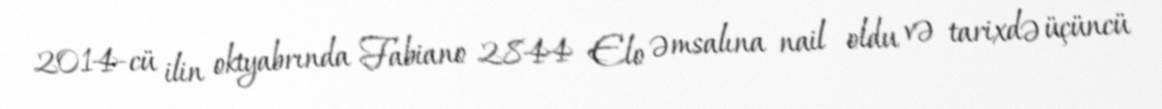
2014-cü ilin oktyabrında Fabiano 2844 Elo əmsalına nail oldu və tarixdə üçüncü